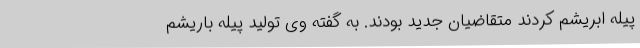
پیله ابریشم کردند متقاضیان جدید بودند. به گفته وی تولید پیله باریشم